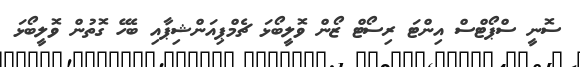
ސޮނީ ސްޕޯޓްސް އިންޓަ ރިސޯޓް ޒޯން ވޮލީބޯޅަ ޗެމްޕިއަންޝިޕާއި ބެހޭ ގޮތުން ވޮލީބޯޅަ